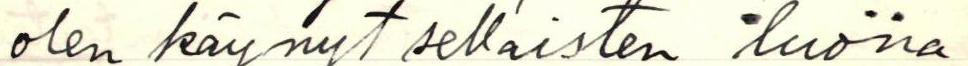
olen käynyt sellaisten luona